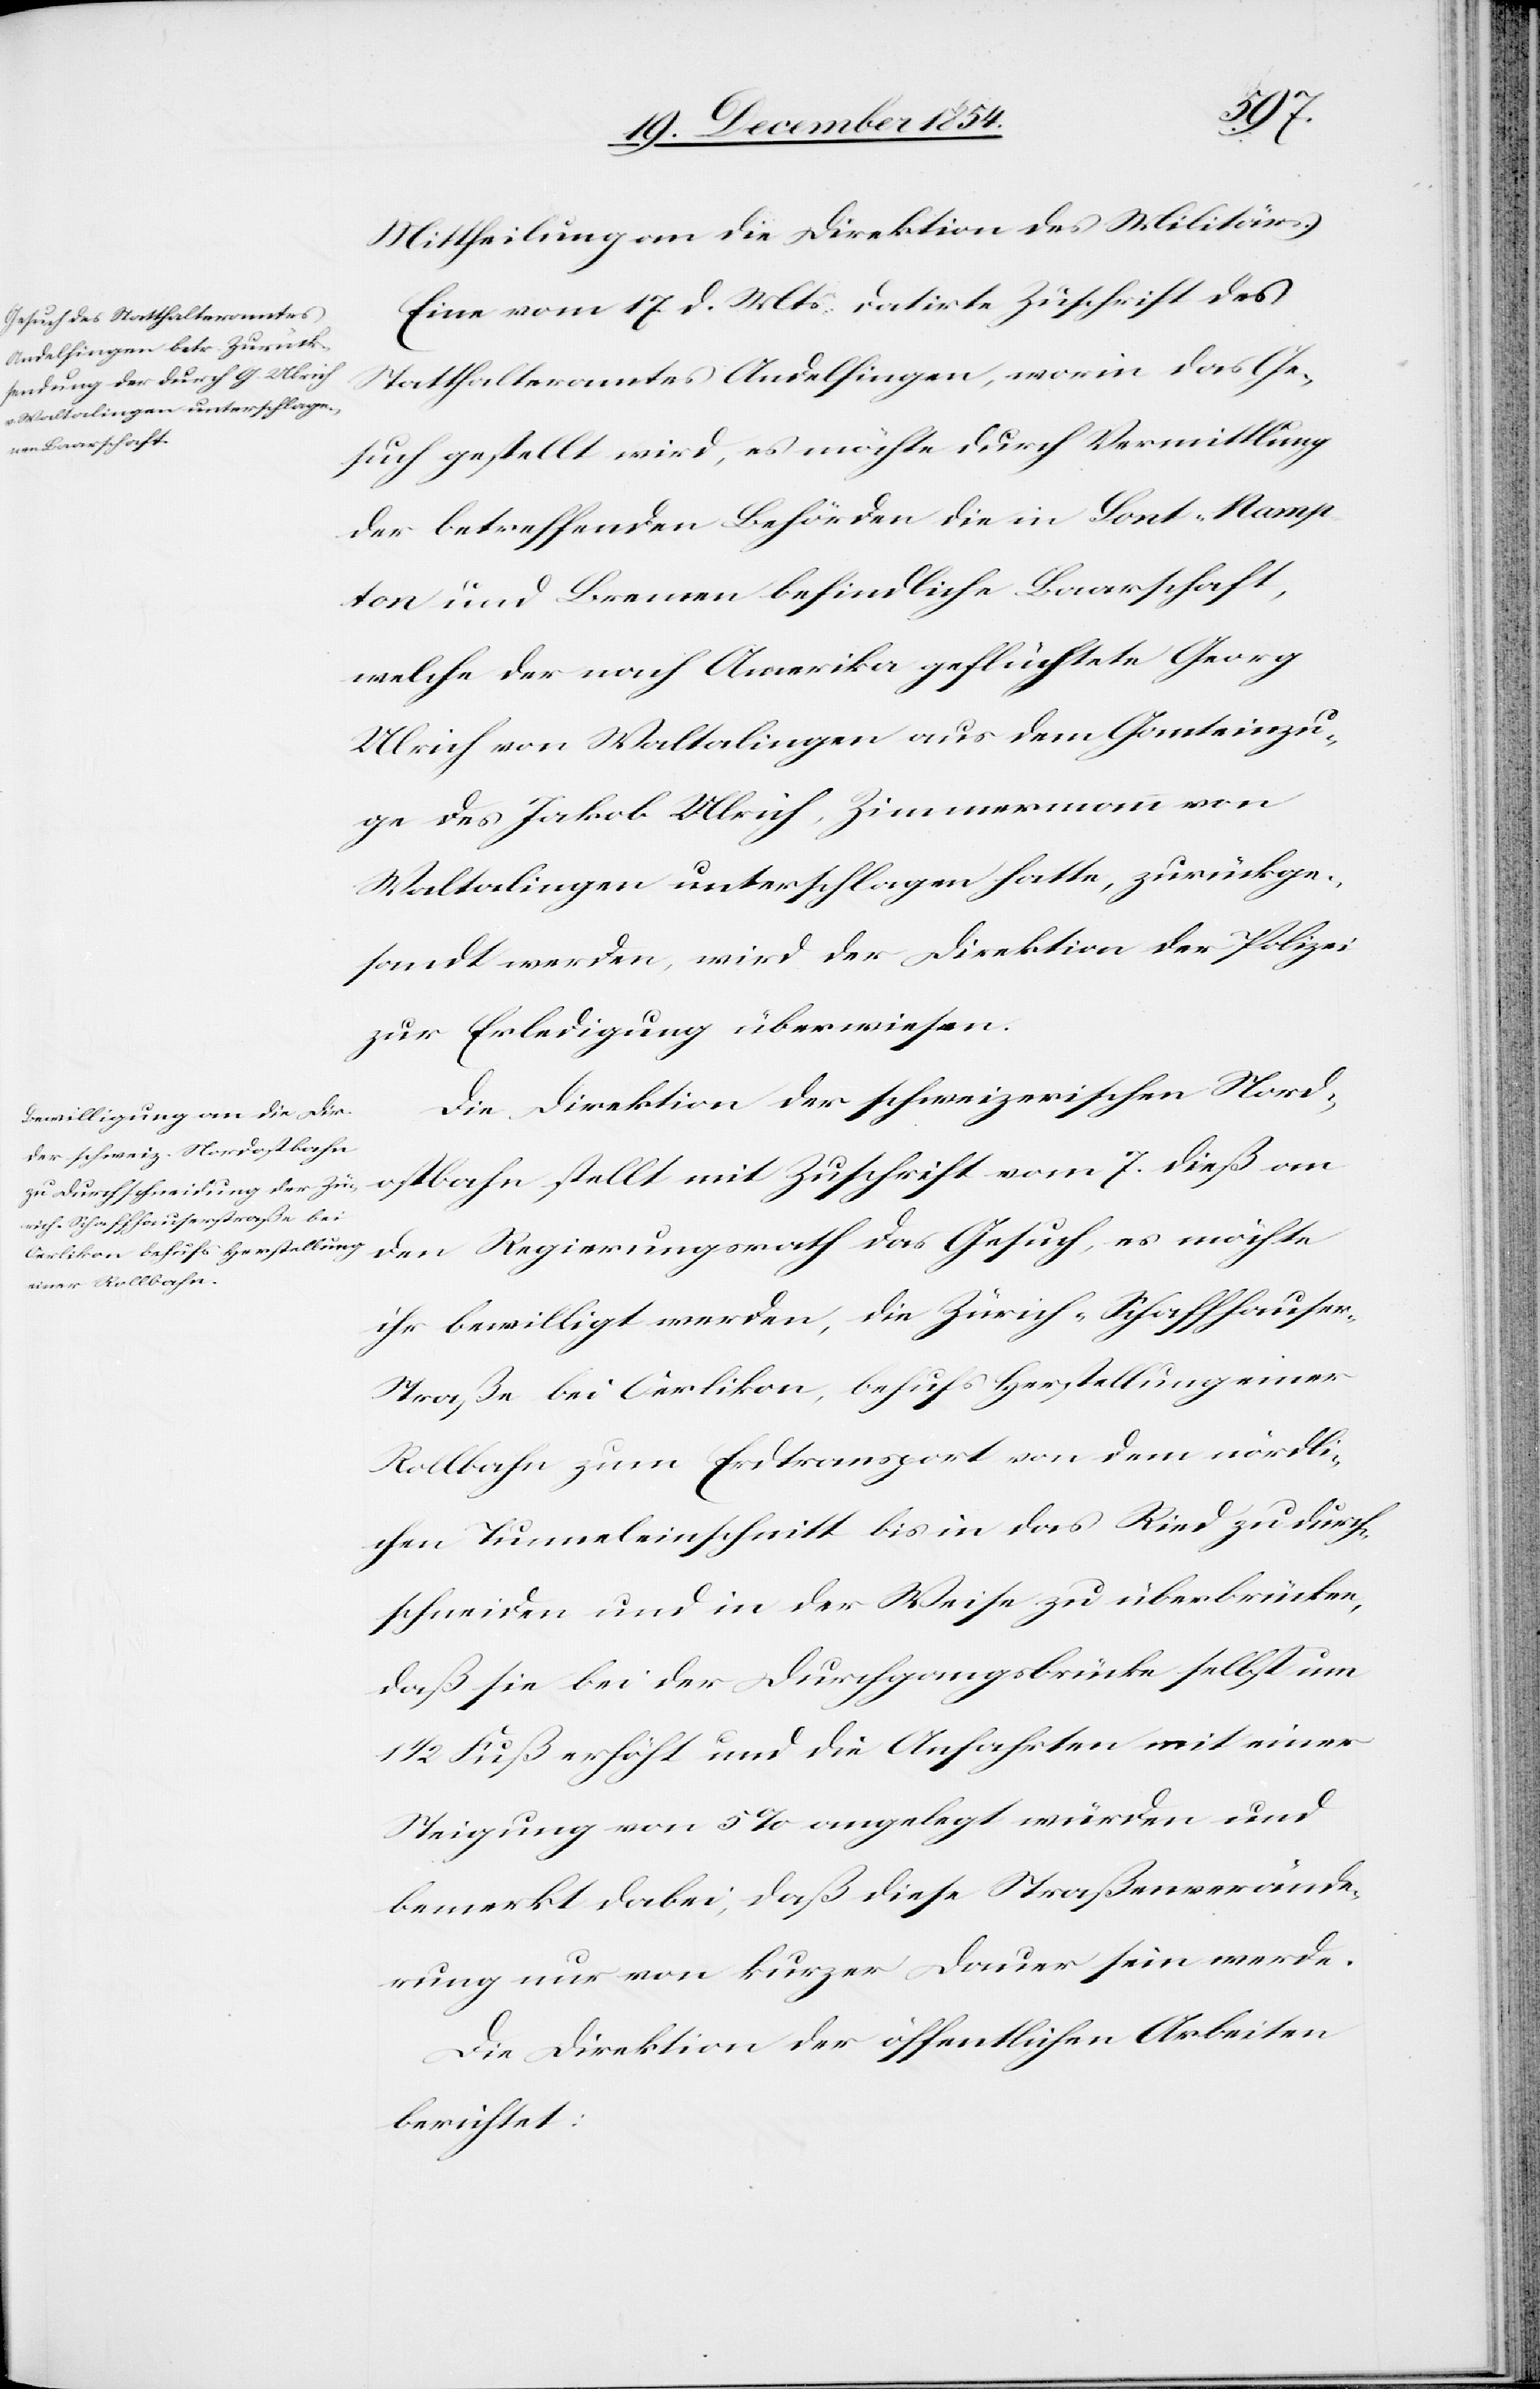
Hamp¬
Mittheilung an die Direktion des Militärs.
Eine vom 17. d. Mts. datirte Zuschrift des
Statthalteramtes Andelfingen, worin das Ge¬
such gestellt wird, es möchte durch Vermittlung
der betreffenden Behörden die in Sont-Nampton
ton] und Bremen befindliche Baarschaft,
welche der nach Amerika geflüchtete Georg
Ulrich von Waltalingen aus dem Ganteinzu¬
ge des Jakob Ulrich, Zimmermann von
Waltalingen unterschlagen hatte, zurückge¬
sandt werden, wird der Direktion der Polizei
zur Erledigung überwiesen.
Die Direktion der schweizerischen Nord¬
ostbahn stellt mit Zuschrift vom 7. dieß an
den Regierungsrath das Gesuch, es möchte
ihr bewilligt werden, die Zürich-Schaffhause¬
r-Straße bei Oerlikon, behufs Herstellung einer
Rollbahn zum Erdtransport von dem nördli¬
chen Tunneleinschnitt bis in das Riedt zu durch¬
schneiden und in der Weise zu überbrücken,
daß sie bei der Durchgangsbrücke selbst um
1/2 Fuß erhöht und die Anfahrten mit einer
Steigung von 5% angelegt würden und
bemerkt dabei, daß diese Straßenverände¬
rung nur von kurzer Dauer sein werde.
Die Direktion der öffentlichen Arbeiten
berichtet: